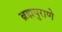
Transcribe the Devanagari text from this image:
ब्रह्मपुराणे